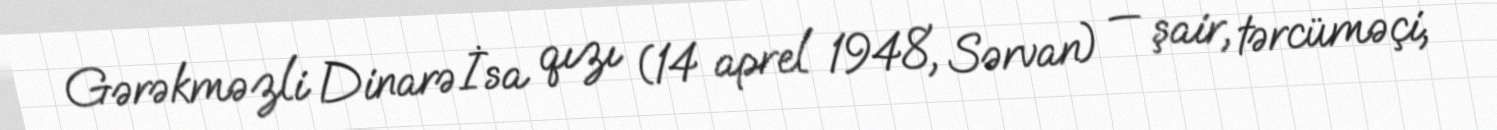
Gərəkməzli Dinarə İsa qızı (14 aprel 1948, Sərvan) — şair, tərcüməçi,